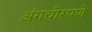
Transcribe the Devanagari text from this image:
अंगचोरपणे